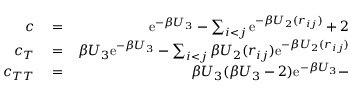
\begin{array} { r l r } { c } & { { } = } & { \mathrm { e } ^ { - \beta U _ { 3 } } - \sum _ { i < j } \mathrm { e } ^ { - \beta U _ { 2 } ( r _ { i j } ) } + 2 } \\ { c _ { T } } & { { } = } & { \beta U _ { 3 } \mathrm { e } ^ { - \beta U _ { 3 } } - \sum _ { i < j } \beta U _ { 2 } ( r _ { i j } ) \mathrm { e } ^ { - \beta U _ { 2 } ( r _ { i j } ) } } \\ { c _ { T T } } & { { } = } & { \beta U _ { 3 } ( \beta U _ { 3 } - 2 ) \mathrm { e } ^ { - \beta U _ { 3 } } - } \end{array}